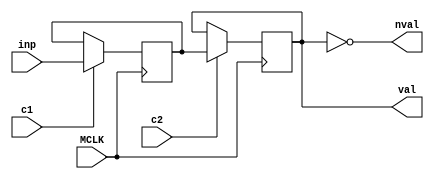
module ymn_sr_bit #(parameter SR_LENGTH = 1)
	(
	input MCLK,
	input c1,
	input c2,
	input inp,
	output val,
	output nval
	);
	
	reg [SR_LENGTH-1:0] v1 = 0;
	reg [SR_LENGTH-1:0] v2 = 0;
	
	wire [SR_LENGTH-1:0] v2_assign = c2 ? v1 : v2;
	
	//assign sr_out = v2_assign[SR_LENGTH-1];
	assign val = v2[SR_LENGTH-1];
	assign nval = ~val;
	
	always @(posedge MCLK)
	begin
		if (c1)
		begin
			if (SR_LENGTH == 1)
				v1 <= inp;
			else
				v1 <= { v2[SR_LENGTH-2:0], inp };
		end
		v2 <= v2_assign;
	end
endmodule

module ymn_sr_bit_array #(parameter SR_LENGTH = 1, DATA_WIDTH = 1)
	(
	input MCLK,
	input c1,
	input c2,
	input [DATA_WIDTH-1:0] inp,
	output [DATA_WIDTH-1:0] val
	);
	
	wire out[0:DATA_WIDTH-1];
	
	generate
		genvar i;
		for (i = 0; i < DATA_WIDTH; i = i + 1)
		begin : l1
			ymn_sr_bit #(.SR_LENGTH(SR_LENGTH)) sr (
			.MCLK(MCLK),
			.c1(c1),
			.c2(c2),
			.inp(inp[i]),
			.val(out[i])
			);
			
			assign val[i] = out[i];
		end
	endgenerate

endmodule

module ymn_dlatch #(parameter DATA_WIDTH = 1)
	(
	input MCLK,
	input en,
	input [DATA_WIDTH-1:0] inp,
	output [DATA_WIDTH-1:0] val,
	output [DATA_WIDTH-1:0] nval
	);
	
	reg [DATA_WIDTH-1:0] mem = {DATA_WIDTH{1'h0}};
	
	wire [DATA_WIDTH-1:0] mem_assign = en ? inp : mem;
	
	always @(posedge MCLK)
	begin
		mem <= mem_assign;
	end
	
	//assign val = mem_assign;
	//assign nval = ~mem_assign;
	assign val = mem;
	assign nval = ~mem;
	
endmodule

module ymn_slatch #(parameter DATA_WIDTH = 1)
	(
	input MCLK,
	input en,
	input [DATA_WIDTH-1:0] inp,
	output [DATA_WIDTH-1:0] val,
	output [DATA_WIDTH-1:0] nval
	);
	
	reg [DATA_WIDTH-1:0] mem = {DATA_WIDTH{1'h0}};
	
	wire [DATA_WIDTH-1:0] mem_assign = en ? inp : mem;
	
	always @(posedge MCLK)
	begin
		mem <= mem_assign;
	end
	
	//assign val = mem_assign;
	//assign nval = ~mem_assign;
	assign val = mem;
	assign nval = ~mem;
	
endmodule

module ymn_rs_trig
	(
	input MCLK,
	input set,
	input rst,
	output reg q = 1'h0,
	output reg nq = 1'h1
	);
	
	always @(posedge MCLK)
	begin
		q <= rst ? 1'h0 : (set ? 1'h1 : q);
		nq <= set ? 1'h0 : (rst ? 1'h1 : ~q); 
	end
	
endmodule

module ymn_rs_trig2
	(
	input MCLK,
	input set,
	input rst,
	output reg q = 1'h0,
	output reg nq = 1'h1
	);
	
	always @(posedge MCLK)
	begin
		q <= set ? 1'h1 : (rst ? 1'h0 : q);
		nq <= rst ? 1'h1 : (set ? 1'h0 : ~q); 
	end
	
endmodule

module ymn_slatch_r #(parameter DATA_WIDTH = 1)
	(
	input MCLK,
	input en,
	input rst,
	input [DATA_WIDTH-1:0] inp,
	output [DATA_WIDTH-1:0] val,
	output [DATA_WIDTH-1:0] nval
	);
	
	reg [DATA_WIDTH-1:0] mem = {DATA_WIDTH{1'h0}};
	
	wire [DATA_WIDTH-1:0] mem_assign = rst ? {DATA_WIDTH{1'h0}} : (en ? inp : mem);
	
	always @(posedge MCLK)
	begin
		mem <= mem_assign;
	end
	
	//assign val = mem_assign;
	//assign nval = ~mem_assign;
	assign val = mem;
	assign nval = ~mem;
	
endmodule

module ymn_slatch_r2 #(parameter DATA_WIDTH = 1)
	(
	input MCLK,
	input en,
	input rst,
	input [DATA_WIDTH-1:0] inp,
	output [DATA_WIDTH-1:0] val,
	output [DATA_WIDTH-1:0] nval
	);
	
	reg [DATA_WIDTH-1:0] mem = {DATA_WIDTH{1'h0}};
	
	wire [DATA_WIDTH-1:0] mem_assign = en ? inp : (rst ? {DATA_WIDTH{1'h0}} : mem);
	
	always @(posedge MCLK)
	begin
		mem <= mem_assign;
	end
	
	//assign val = mem_assign;
	//assign nval = ~mem_assign;
	assign val = mem;
	assign nval = ~mem;
	
endmodule